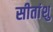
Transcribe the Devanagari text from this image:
सीतांशु